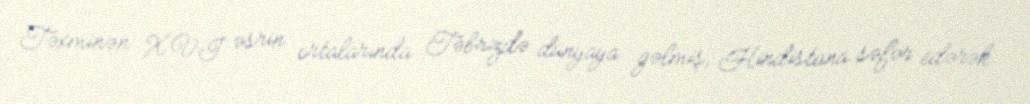
Təxminən XVI əsrin ortalarında Təbrizdə dünyaya gəlmiş, Hindistana səfər edərək